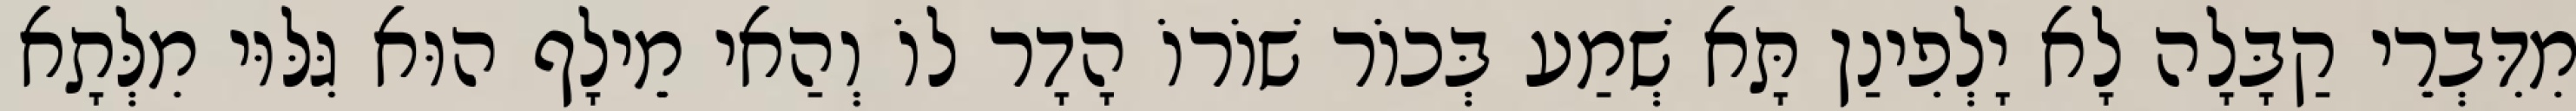
מִדִּבְרֵי קַבָּלָה לָא יָלְפִינַן תָּא שְׁמַע בְּכוֹר שׁוֹרוֹ הָדָר לוֹ וְהַאי מֵילָף הוּא גִּלּוּי מִלְּתָא